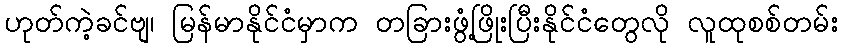
ဟုတ်ကဲ့ခင်ဗျ၊ မြန်မာနိုင်ငံမှာက တခြားဖွံ့ဖြိုးပြီးနိုင်ငံတွေလို လူထုစစ်တမ်း